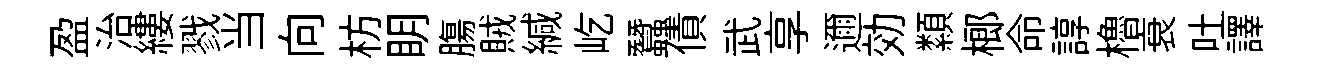
盈治縷戮当向枋眀膓賊緘屹蠶債武享邇効纇榔命諄櫓衰吐譯